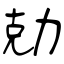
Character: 勀